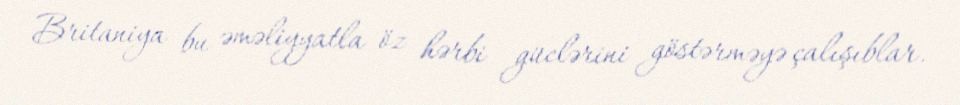
Britaniya bu əməliyyatla öz hərbi güclərini göstərməyə çalışıblar.